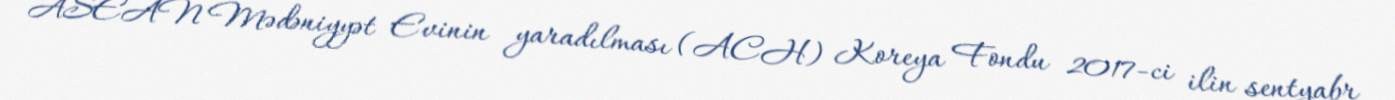
ASEAN Mədəniyyət Evinin yaradılması (ACH) Koreya Fondu 2017-ci ilin sentyabr